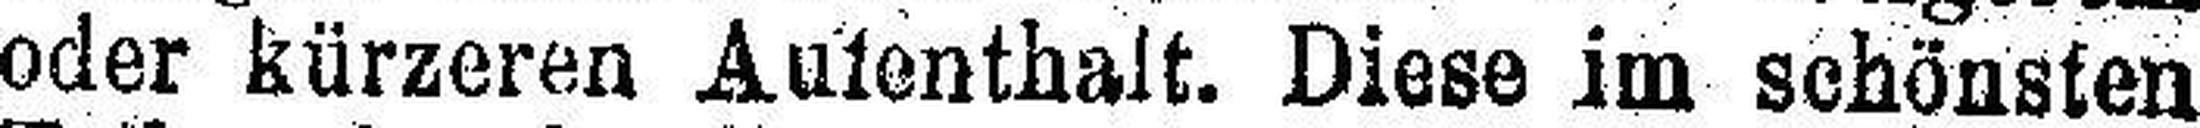
oder kürzeren Aufenthalt. Diese im schönsten